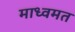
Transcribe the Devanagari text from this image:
माध्वमत